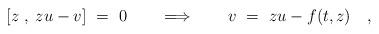
LaTeX: \begin{align*}[z\;,\; zu-v]\ =\ 0 \qquad\Longrightarrow\qquad v\ =\ zu-f(t,z)\quad,\end{align*}